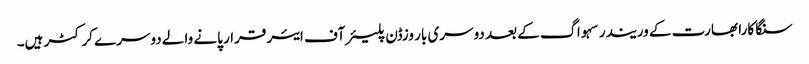
سنگا کارا بھارت کے وریندر سہواگ کے بعد دوسری بار وزڈن پلیئرآف ایئر قرار پانے والے دوسرے کرکٹر ہیں۔